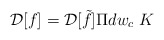
\begin{align*}{\cal D}[f]= {\cal D}[\tilde f]\Pi dw_c \; K\end{align*}